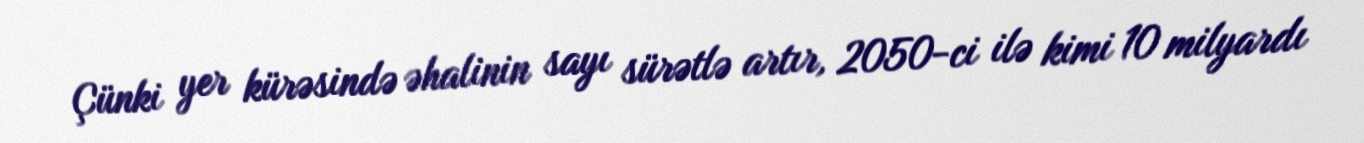
Çünki yer kürəsində əhalinin sayı sürətlə artır, 2050-ci ilə kimi 10 milyardı